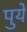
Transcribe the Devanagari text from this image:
पुये